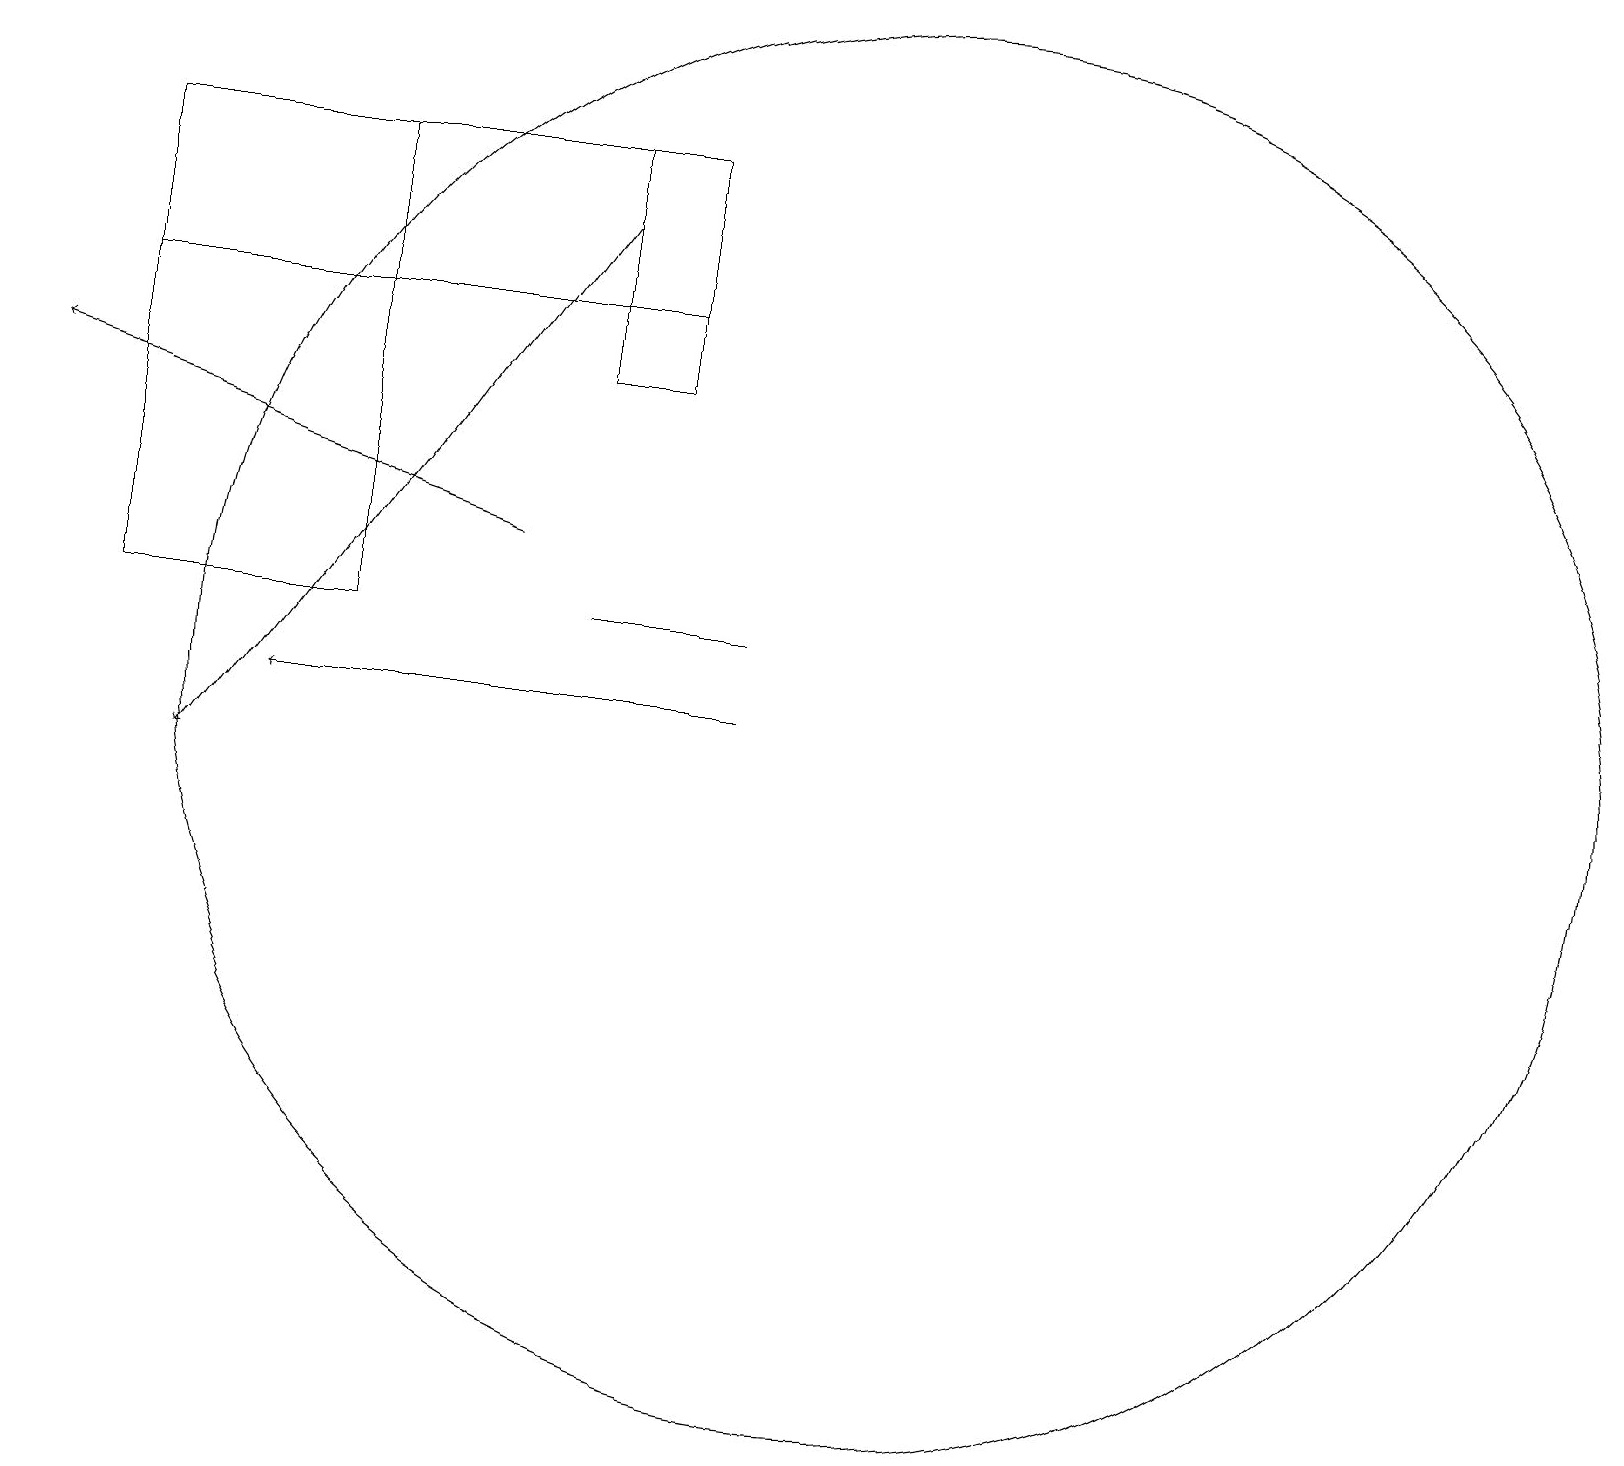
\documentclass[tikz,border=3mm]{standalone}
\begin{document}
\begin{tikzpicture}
\draw (7,13) rectangle (9,13);
\draw[->] (6,14) -- (0,16);
\draw[->] (7,18) -- (2,11);
\draw (8,19) rectangle (7,16);
\draw (1,13) rectangle (4,19);
\draw[->] (9,12) -- (3,12);
\draw (11,12) circle (9);
\draw (8,17) rectangle (1,19);
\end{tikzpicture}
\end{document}